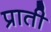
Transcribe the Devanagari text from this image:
प्राती